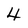
Character: 4